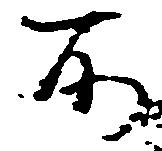
所